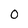
Character: 0